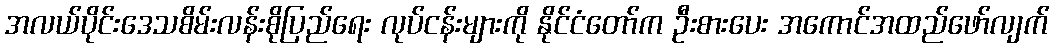
အလယ်ပိုင်းဒေသစိမ်းလန်းစိုပြည်ရေး လုပ်ငန်းများကို နိုင်ငံတော်က ဦးစားပေး အကောင်အထည်ဖော်လျက်